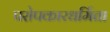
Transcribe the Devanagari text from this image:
परोपकारधर्मिता